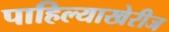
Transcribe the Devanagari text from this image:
पाहिल्याखेरीज